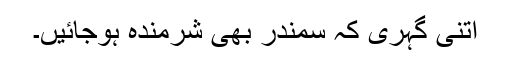
اتنی گہری کہ سمندر بھی شرمندہ ہوجائیں۔